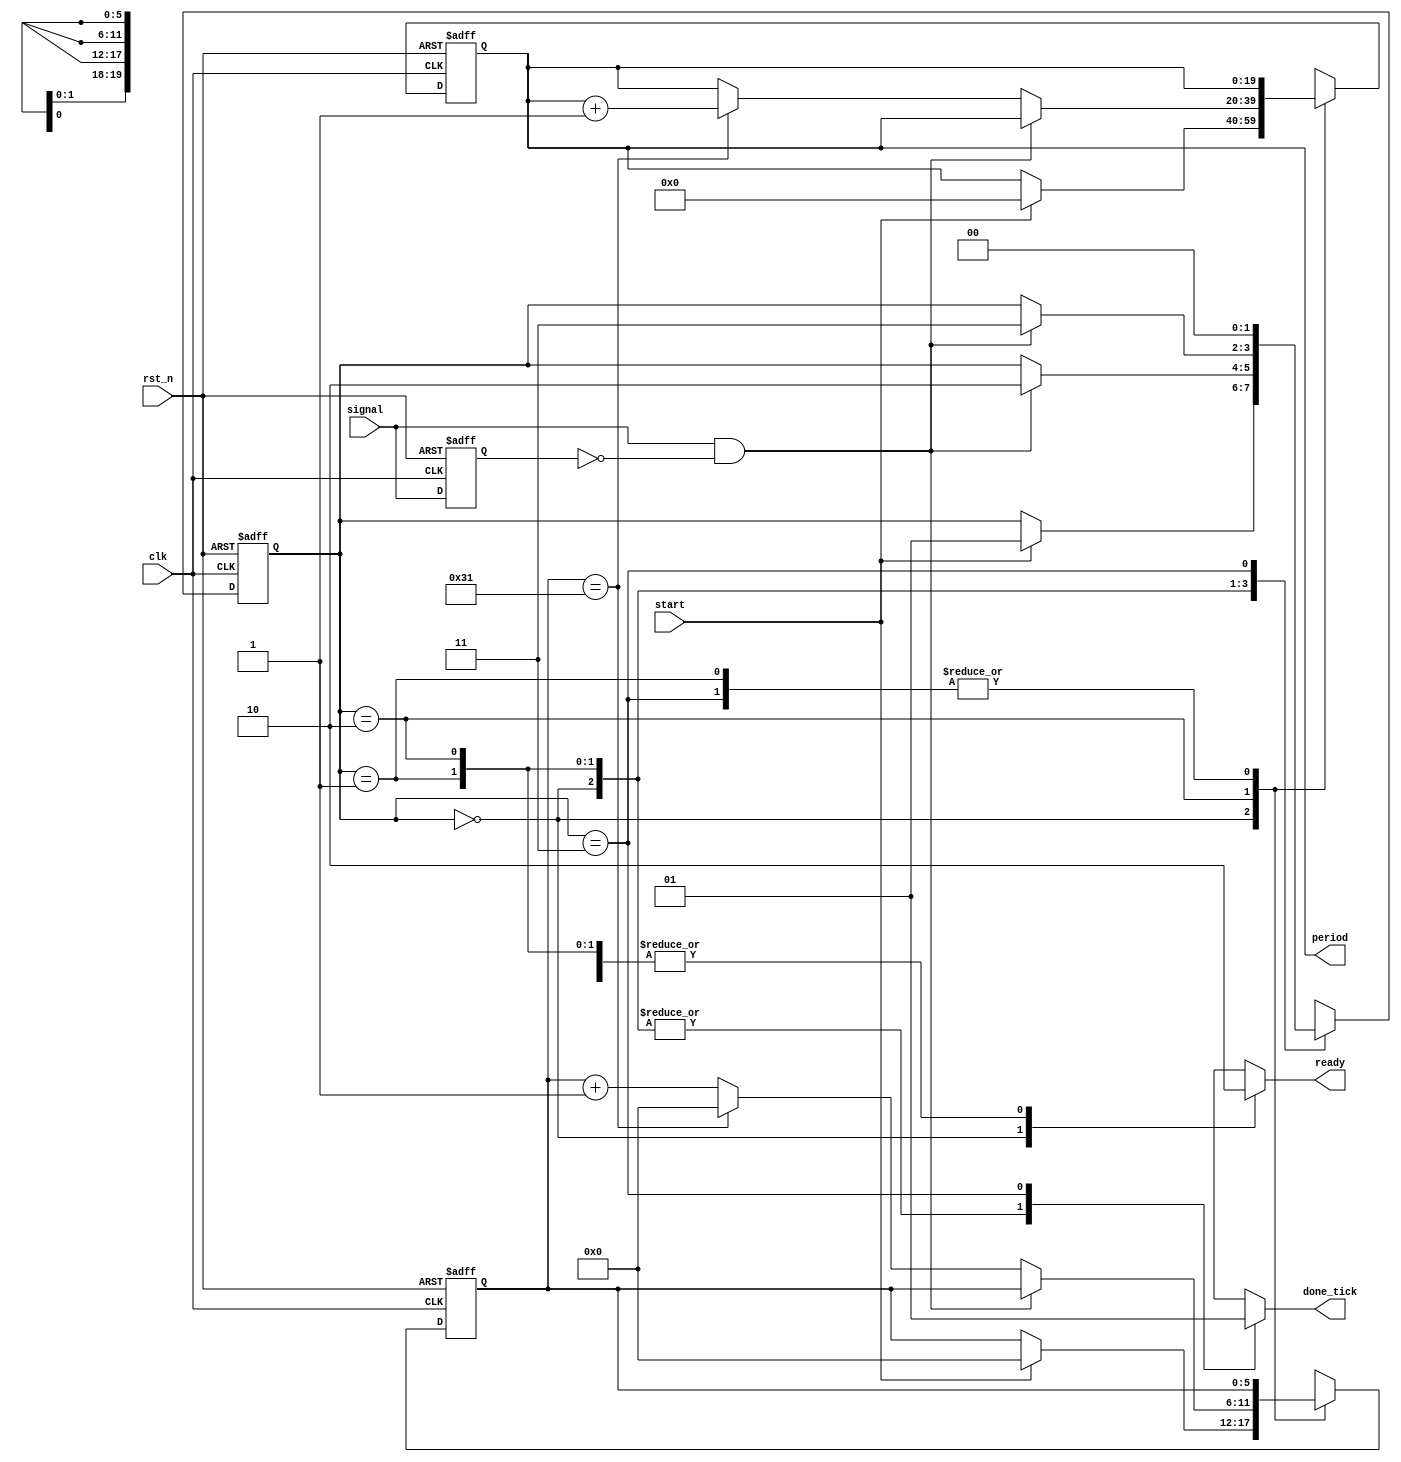
`timescale 1ns / 1ps

module period_counter(
		input clk,rst_n,
		input start,signal,
		output reg ready,done_tick,
		output [19:0] period //limit of 1.023 seconds of period
    );
	 
	 //FSM declarations
	 localparam[1:0] idle=2'd0,
							waiting=2'd1,
							op=2'd2,
							done=2'd3;
	 localparam N=50; // N/50Mhz=1us	
	 reg[1:0] state_reg,state_nxt;
	 reg[19:0] period_reg,period_nxt; // records period in terms of us
	 reg[5:0] tick_reg,tick_nxt; //ticks for every 1us (width of tick_reg is log_2(N))
	 reg signal_reg;
	 wire edg;
	 
	 //FSM register operations
	 always @(posedge clk,negedge rst_n) begin
		if(!rst_n) begin
			state_reg<=idle;
			period_reg<=0;
			tick_reg<=0;
			signal_reg<=0;
		end
		else begin
			state_reg<=state_nxt;
			period_reg<=period_nxt;
			tick_reg<=tick_nxt;
			signal_reg<=signal;
		end
	 end
	 
	 //FSM next-state logic
	 always @* begin
		state_nxt=state_reg;
		period_nxt=period_reg;
		tick_nxt=tick_reg;
		ready=0;
		done_tick=0;
		case(state_reg) 
				idle: begin //rest
							ready=1;
							if(start) begin
								period_nxt=0;
								tick_nxt=0;
								state_nxt=waiting;
							end
						end
			waiting: begin //waiting for rising edge
							if(edg) //rising edge-detector
								state_nxt=op;
						end
				  op: begin //counting the number of ms then stop when rising edge is detected again
							if(edg) state_nxt=done;
							else begin
								if(tick_reg==N-1) begin
									tick_nxt=0;
									period_nxt=period_reg+1;
								end
								else tick_nxt=tick_reg+1;	
							end
						end
				done: begin
							done_tick=1;
							state_nxt=idle;
						end
			default: state_nxt=idle;
		endcase
	 end
	 
	 //rising-edge detector circuit
	 assign edg=signal && !signal_reg;
	 
	 
	 
	 //output combi-logic
	 assign period=period_reg;
	 
	 


endmodule